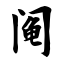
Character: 阄